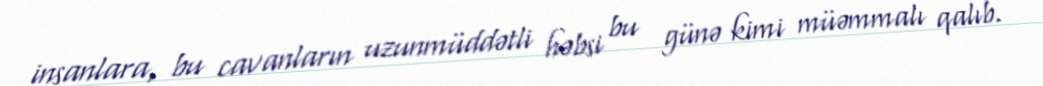
insanlara, bu cavanların uzunmüddətli həbsi bu günə kimi müəmmalı qalıb.